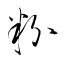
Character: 粉